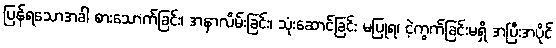
ပြန်ရသောအခါ စားသောက်ခြင်း၊ အနာလိမ်းခြင်း၊ သုံးဆောင်ခြင်း မပြုရ၊ ငဲ့ကွက်ခြင်းမရှိ အပြီးအပိုင်